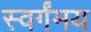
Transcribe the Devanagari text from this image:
स्वर्गंमय